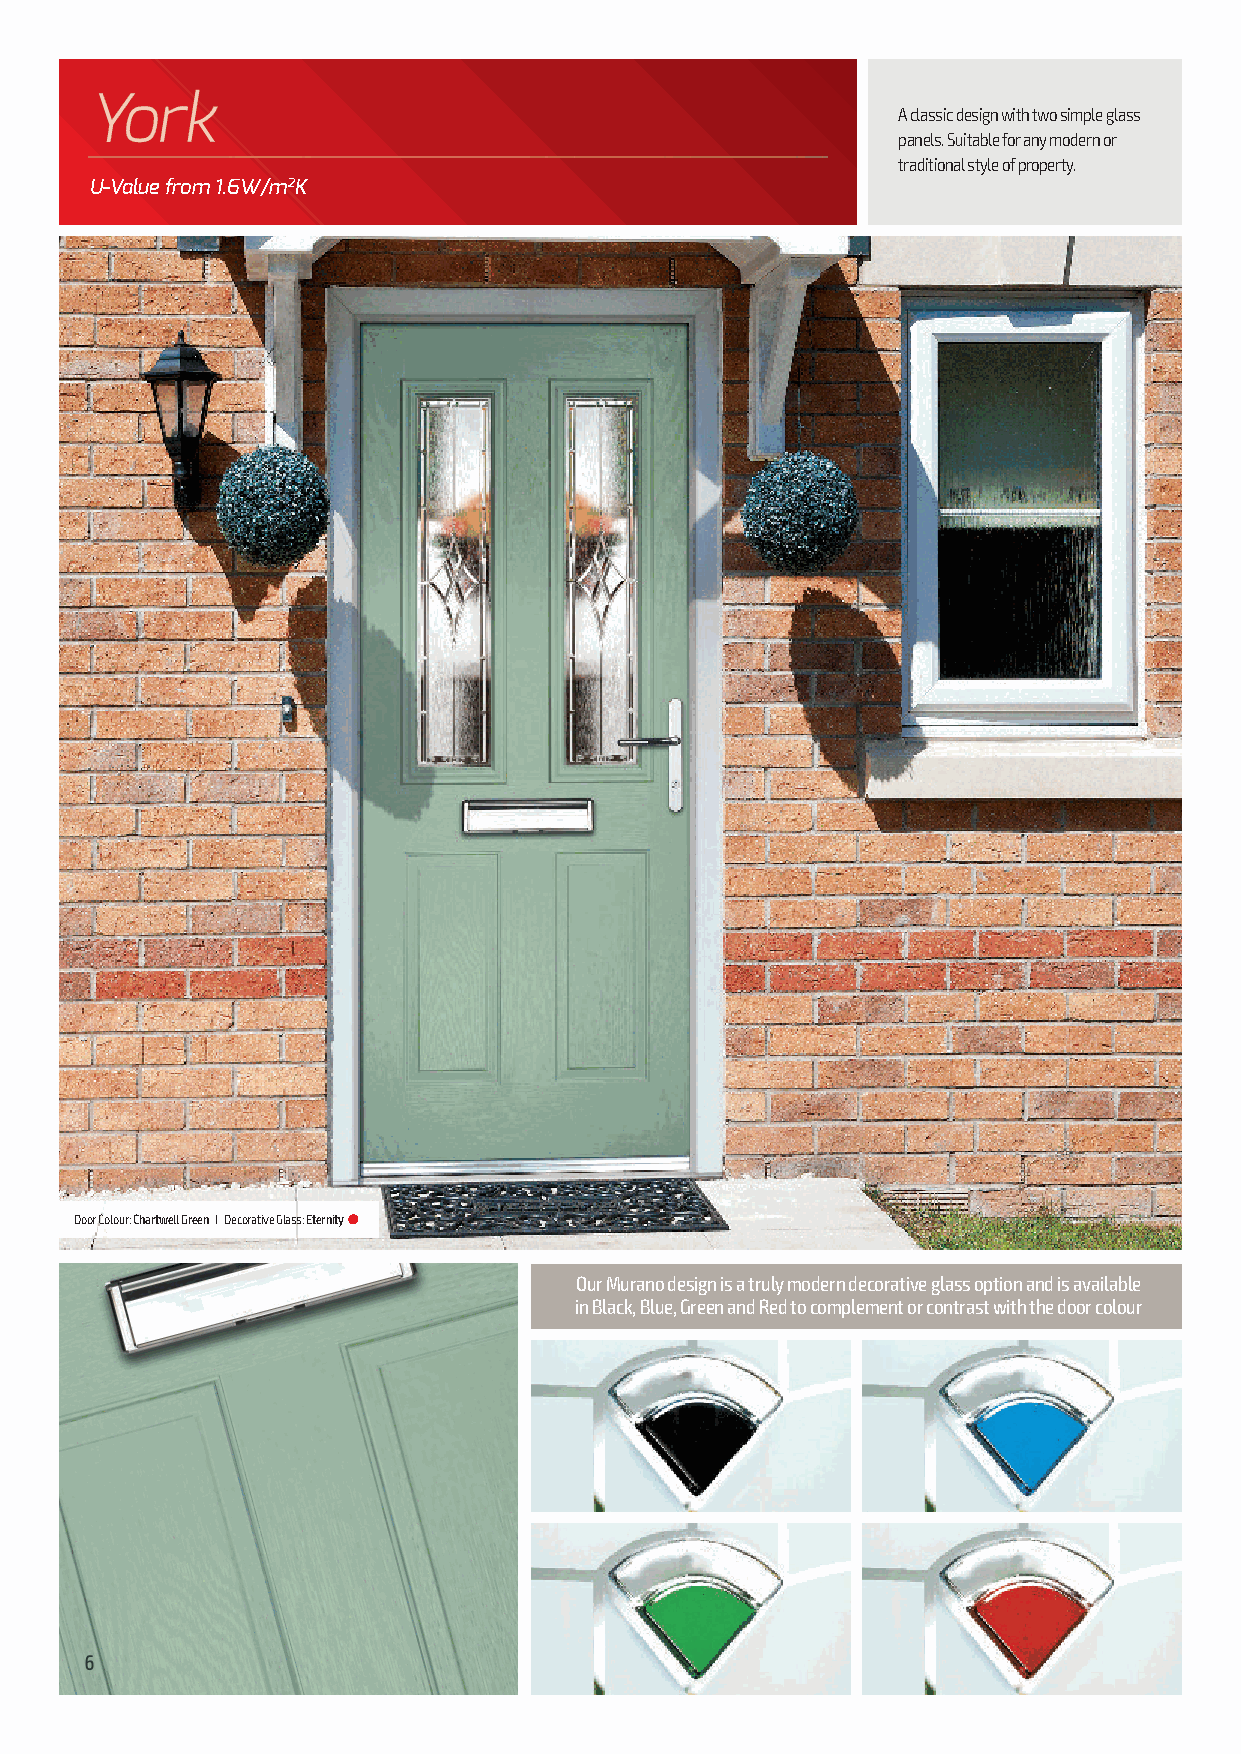
A classic design with two simple glass
 panels. Suitable for any modern or
 traditional style of property.
 U-Value from 1.6W/m2K
 Door Colour: Chartwell Green I Decorative Glass: Eternity l
 Our Murano design is a truly modern decorative glass option and is available
 in Black, Blue, Green and Red to complement or contrast with the door colour